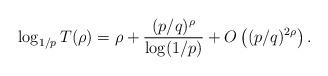
LaTeX: \begin{align*}\log_{1/p} T(\rho) = \rho + \frac{ (p/q)^\rho }{\log(1/p)} + O\left( (p/q)^{2\rho} \right).\end{align*}